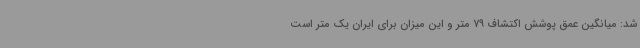
شد: میانگین عمق پوشش اکتشاف 79 متر و این میزان برای ایران یک متر است